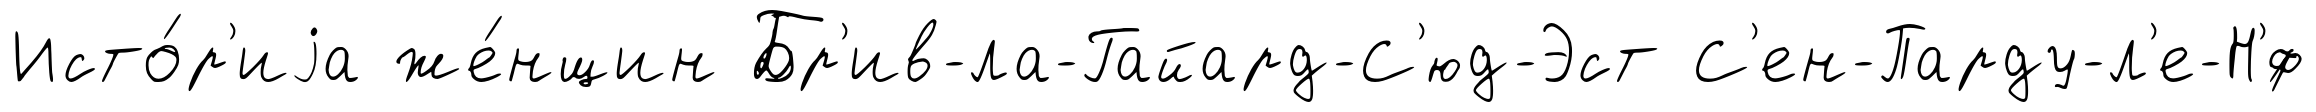
Исто́р'иjа же́нщин Бр'ив-ла-Гайард-С'юд-Эст С'ен-Парду-л'е-Н'́ф